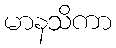
မာနသိကာ